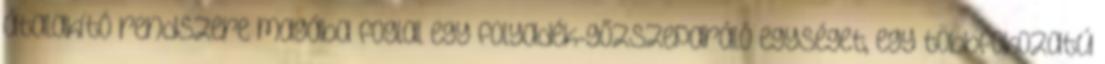
átalakító rendszere magába foglal egy folyadék-gőzszeparáló egységet, egy többfokozatú